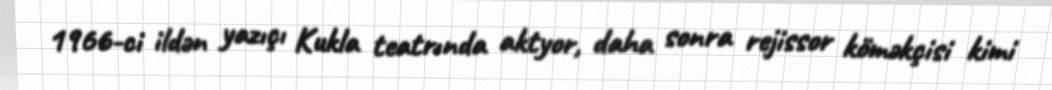
1966-ci ildən yazıçı Kukla teatrında aktyor, daha sonra rejissor köməkçisi kimi